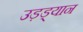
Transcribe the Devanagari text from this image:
उड़ड्यान